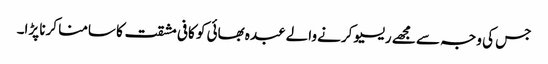
جس کی وجہ سے مجھے ریسیو کرنے والے عبدہ بھائی کو کافی مشقت کا سامنا کرنا پڑا۔